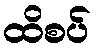
ထိစပ်